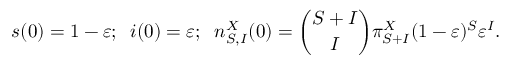
s ( 0 ) = 1 - \varepsilon ; \; \; i ( 0 ) = \varepsilon ; \; \; n _ { S , I } ^ { X } ( 0 ) = \binom { S + I } { I } \pi _ { S + I } ^ { X } ( 1 - \varepsilon ) ^ { S } \varepsilon ^ { I } .